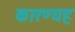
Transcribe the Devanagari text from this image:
कारण्यह